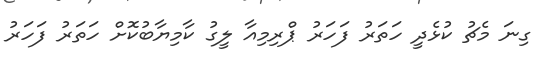
ގިނަ މެޗު ކުޅެދީ ހަތަރު ފަހަރު ޕްރިމިއާ ލީގު ކާމިޔާބުކޮށް ހަތަރު ފަހަރު